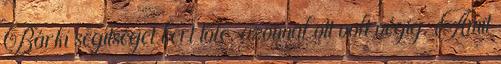
Bárki segítséget kért tőle, azonnal ott volt végig. Amit